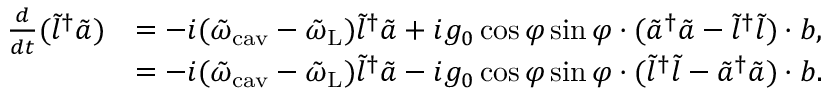
\begin{array} { r l } { \frac { d } { d t } ( \tilde { l } ^ { \dagger } \tilde { a } ) } & { = - i ( \tilde { \omega } _ { \mathrm { c a v } } - \tilde { \omega } _ { \mathrm { L } } ) \tilde { l } ^ { \dagger } \tilde { a } + i g _ { 0 } \cos \varphi \sin \varphi \cdot ( \tilde { a } ^ { \dagger } \tilde { a } - \tilde { l } ^ { \dagger } \tilde { l } ) \cdot b , } \\ & { = - i ( \tilde { \omega } _ { \mathrm { c a v } } - \tilde { \omega } _ { \mathrm { L } } ) \tilde { l } ^ { \dagger } \tilde { a } - i g _ { 0 } \cos \varphi \sin \varphi \cdot ( \tilde { l } ^ { \dagger } \tilde { l } - \tilde { a } ^ { \dagger } \tilde { a } ) \cdot b . } \end{array}